Report on vaccination in the Province of Bengal - 1869-1873
Year: 1869
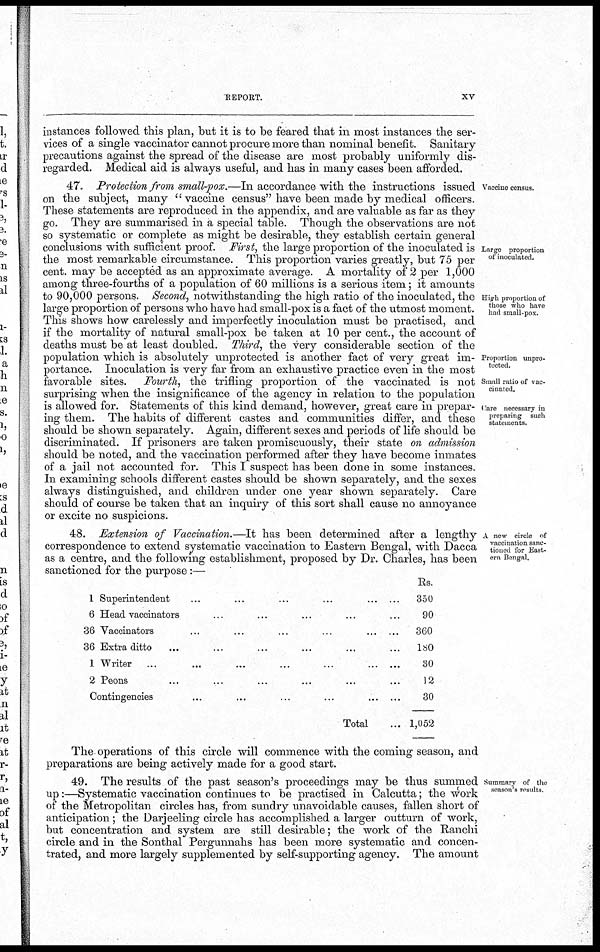
REPORT.
XV
instances followed this plan, but it is to be feared that in most instances the ser-
vices of a single vaccinator cannot procure more than nominal benefit. Sanitary-
precautions against the spread of the disease are most probably uniformly dis-
regarded. Medical aid is always useful, and has in many cases been afforded.
Vaccine census.
Large proportion
of inoculated.
High proportion of
those who have
had small-pox.
Proportion unpro¬
tected.
Small ratio of vac-
cinated.
Care necessary in
preparing such
statements.
47. Protection from small-pox.—In accordance with the instructions issued
on the subject, many " vaccine census" have been made by medical officers.
These statements are reproduced in the appendix, and are valuable as far as they
go. They are summarised in a special table. Though the observations are not
so systematic or complete as might be desirable, they establish certain general
conclusions with sufficient proof. First, the large proportion of the inoculated is
the most remarkable circumstance. This proportion varies greatly, but 75 per
cent. may be accepted as an approximate average. A mortality of 2 per 1,000
among three-fourths of a population of 60 millions is a serious item; it amounts
to 90,000 persons. Second, notwithstanding the high ratio of the inoculated, the
large proportion of persons who have had small-pox is a fact of the utmost moment.
This shows how carelessly and imperfectly inoculation must be practised, and
if the mortality of natural small-pox be taken at 10 per cent., the account of
deaths must be at least doubled. Third, the very considerable section of the
population which is absolutely unprotected is another fact of very great im-
portance. Inoculation is very far from an exhaustive practice even in the most
favorable sites. Fourth, the trifling proportion of the vaccinated is not
surprising when the insignificance of the agency in relation to the population
is allowed for. Statements of this kind demand, however, great care in prepar-
ing them. The habits of different castes and communities differ, and these
should be shown separately. Again, different sexes and periods of life should be
discriminated. If prisoners are taken promiscuously, their state on admission
should be noted, and the vaccination performed after they have become inmates
of a jail not accounted for. This I suspect has been done in some instances.
In examining schools different castes should be shown separately, and the sexes
always distinguished, and children under one year shown separately. Care
should of course be taken that an inquiry of this sort shall cause no annoyance
or excite no suspicions.
A new circle of
vaccination sanc-
tioned for East-
ern Bengal.
48. Extension of Vaccination.—It has been determined after a lengthy
correspondence to extend systematic vaccination to Eastern Bengal, with Dacca
as a centre, and the following establishment, proposed by Dr. Charles, has been
sanctioned for the purpose:—
1
6
36
36
1
2
Superintendent
...
...
...
...
Head vaccinators ... ... ... ... ...
Vaccinators
...
...
...
...
Extra ditto ... ... ... ... ... ...
Writer
...
...
...
...
...
Peons ... ... ... ... ... ...
Contingencies
...
...
...
...
Total ...
Rs.
350
90
360
180
30
12
30
1,052
The operations of this circle will commence with the coming season, and
preparations are being actively made for a good start.
Summary of the
season's results
49. The results of the past season's proceedings may be thus summed
up:—Systematic vaccination continues to be practised in Calcutta; the work
of the Metropolitan circles has, from sundry unavoidable causes, fallen short of
anticipation; the Darjeeling circle has accomplished a larger outturn of work,
but concentration and system are still desirable; the work of the Ranchi
circle and in the Sonthal Pergunnahs has been more systematic and concen-
trated, and more largely supplemented by self-supporting agency. The amount